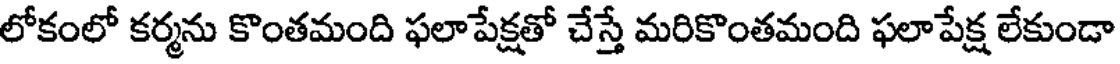
లోకంలో కర్మను కొంతమంది ఫలాపేక్షతో చేస్తే మరికొంతమంది ఫలాపేక్ష లేకుండా